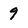
Character: 9